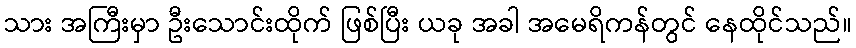
သား အကြီးမှာ ဦးသောင်းထိုက် ဖြစ်ပြီး ယခု အခါ အမေရိကန်တွင် နေထိုင်သည်။